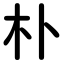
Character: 朴